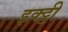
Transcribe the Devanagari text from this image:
इक्ट्ठी